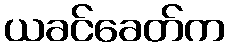
ယခင်ခေတ်က